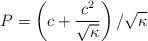
LaTeX: \begin{align*}P = \left( c + \frac{c^2}{\sqrt{\kappa}} \right)/\sqrt{\kappa}\end{align*}